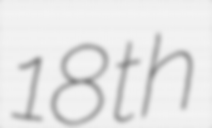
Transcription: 18th